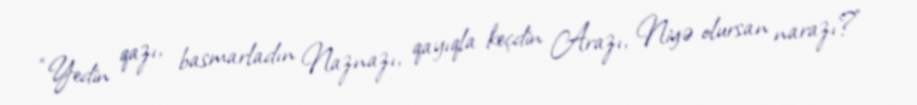
“Yedin qazı, basmarladın Naznazı, qayıqla keçdin Arazı, Niyə olursan narazı?”